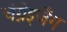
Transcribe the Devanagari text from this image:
चंग्नेइजैंग